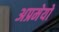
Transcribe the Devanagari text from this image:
अप्रमेयो